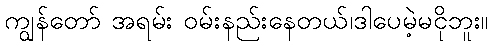
ကျွန်တော် အရမ်း ဝမ်းနည်းနေတယ်၊ဒါပေမဲ့မငိုဘူး။